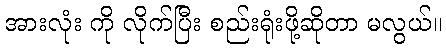
အားလုံး ကို လိုက်ပြီး စည်းရုံးဖို့ဆိုတာ မလွယ်။